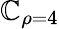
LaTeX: \mathbb{C}_{\rho=4}